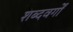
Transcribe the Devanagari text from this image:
शब्दवर्गों